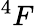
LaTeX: ^4F